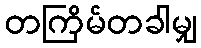
တကြိမ်တခါမျှ